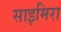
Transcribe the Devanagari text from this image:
साइमिरा